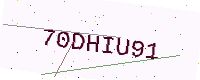
Text: 70DHIU91